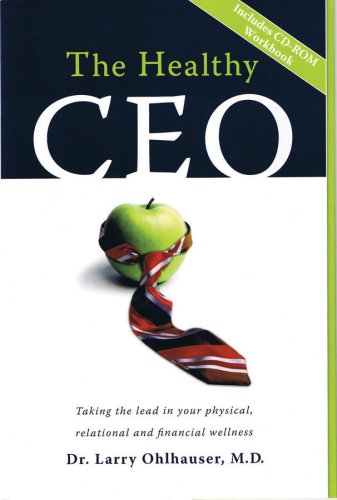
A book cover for The Healthy CEO; Larry Ohlhauser; Business & Money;